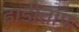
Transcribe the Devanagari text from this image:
हाडीताप